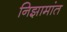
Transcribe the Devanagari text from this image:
निझामांत